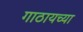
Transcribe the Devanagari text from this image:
गाठायच्या